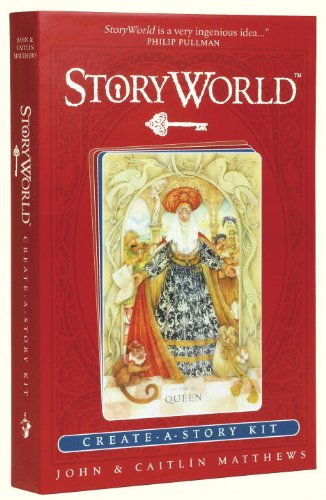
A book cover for The Storyworld Box: Create-A-Story Kit; John Matthews; Science Fiction & Fantasy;